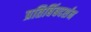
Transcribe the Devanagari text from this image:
प्रतिबिंबदर्शन